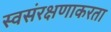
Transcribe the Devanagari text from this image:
स्वसंरक्षणाकरता